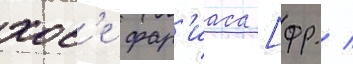
хос'е фар'иаса [фр. /